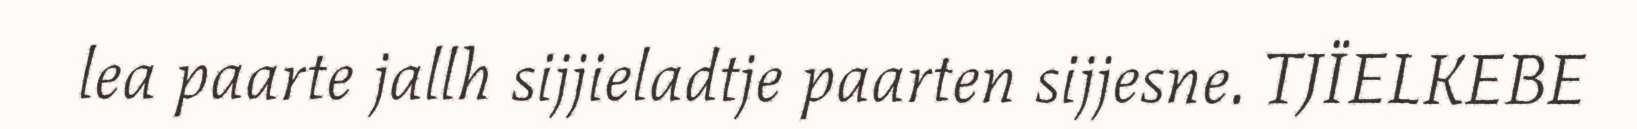
lea paarte jallh sijjieladtje paarten sijjesne. TJÏELKEBE